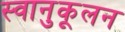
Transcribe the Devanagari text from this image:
स्वानुकूलन